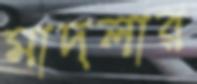
মাদলার